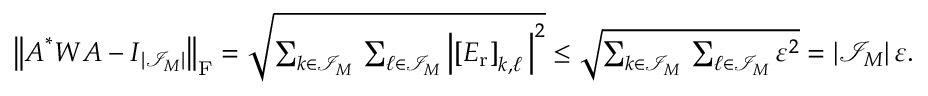
\begin{array} { r } { \big \| \boldsymbol A ^ { * } \boldsymbol W \boldsymbol A - \boldsymbol I _ { | \mathcal I _ { \boldsymbol M } | } \big \| _ { \mathrm F } = \sqrt { \sum _ { \boldsymbol k \in \mathcal I _ { \boldsymbol M } } \, \sum _ { \boldsymbol \ell \in \mathcal I _ { \boldsymbol M } } \left| \left[ \boldsymbol E _ { \mathrm { r } } \right] _ { \boldsymbol k , \boldsymbol \ell } \, \right| ^ { 2 } } \leq \sqrt { \sum _ { \boldsymbol k \in \mathcal I _ { \boldsymbol M } } \, \sum _ { \boldsymbol \ell \in \mathcal I _ { \boldsymbol M } } \varepsilon ^ { 2 } } = | \mathcal I _ { \b { M } } | \, \varepsilon . } \end{array}